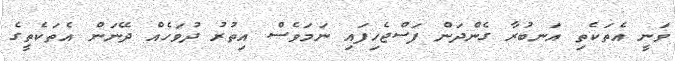
ވަނީ އެތަކެތި އަނބުރާ ގެންދަން ފަސްޖެހިފައި ނަމަވެސް އިތުރު ދުވަހެއް ދޭނަން އެތަކެތީގެ